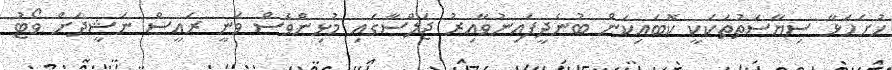
ހުށަހަޅާ ސިޔާސަތުތަކަކީ ކޮބައިކަން ބުނެދީފައިނުވާއިރު ޖަލްސާގައި މުޅިންވެސް ވަނީ ރައީސް ނަޝީދަށް ވޯޓު